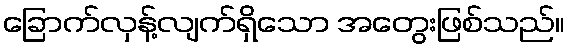
ခြောက်လှန့်လျက်ရှိသော အတွေးဖြစ်သည်။